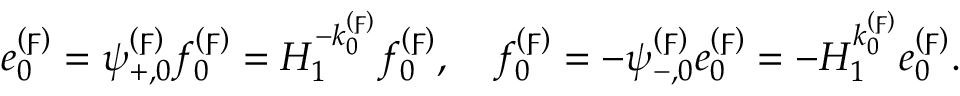
e _ { 0 } ^ { ( \digamma ) } = \psi _ { + , 0 } ^ { ( \digamma ) } f _ { 0 } ^ { ( \digamma ) } = H _ { 1 } ^ { - k _ { 0 } ^ { ( \digamma ) } } f _ { 0 } ^ { ( \digamma ) } , \quad f _ { 0 } ^ { ( \digamma ) } = - \psi _ { - , 0 } ^ { ( \digamma ) } e _ { 0 } ^ { ( \digamma ) } = - H _ { 1 } ^ { k _ { 0 } ^ { ( \digamma ) } } e _ { 0 } ^ { ( \digamma ) } .